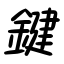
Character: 鍵